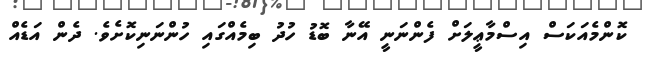
ކޮންމެއަކަސް އިސްމާޢީލަށް ފެންނަނީ އޭނާ ބޮޑު ހުދު ބިމެއްގައި ހުންނަނިކޮށެވެ. ދެން އަޑެއް